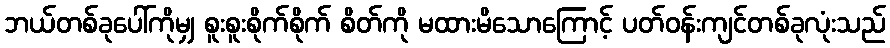
ဘယ်တစ်ခုပေါ်ကိုမျှ စူးစူးစိုက်စိုက် စိတ်ကို မထားမိသောကြောင့် ပတ်ဝန်းကျင်တစ်ခုလုံးသည်